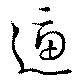
逼